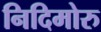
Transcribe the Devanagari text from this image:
निदिमोरु